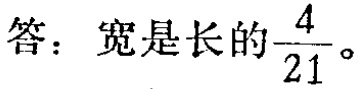
答：宽是长的$\frac{4}{21}$。